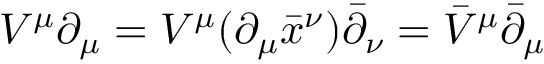
V ^ { \mu } \partial _ { \mu } = V ^ { \mu } ( \partial _ { \mu } { \bar { x } } ^ { \nu } ) \bar { \partial } _ { \nu } = { \bar { V } } ^ { \mu } { \bar { \partial } } _ { \mu }